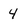
Character: 4